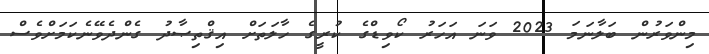
މިންވަރުން ބަލާނަމަ 2023 ވަނަ އަހަރު ކޯވިޑްގެ ކުރީގެ ހާލަތަށް އިޤްތިޞާދު ގެންދެވޭނެކަމަށްވެސް